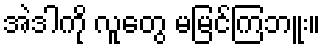
အဲဒါကို လူတွေ မမြင်ကြဘူး။